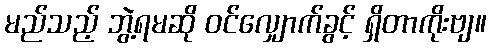
မည်သည့် ဘွဲ့ရမဆို ဝင်လျှောက်ခွင့် ရှိတာကိုးဗျ။